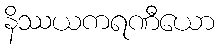
နိဿယကရဏီယော